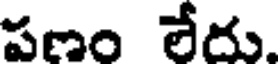
పణం లేదు.